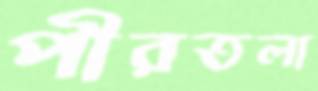
পীরতলা